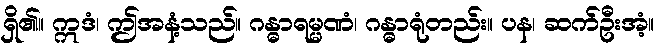
ရှိ၏။ ဣဒံ၊ ဤအနံ့သည်။ ဂန္ဓာရမ္မဏံ၊ ဂန္ဓာရုံတည်း။ ပန၊ ဆက်ဦးအံ့။